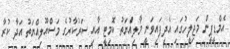
އެމްޑީޕީން މަޖިލީހުގައި އެދިފައިވަނީ މާލިއްުޔަތު ކޮމިޓީ އާއި ސަރުކާރުގެ މަސްއޫލިއްޔަތު އަދާ ކުރާ